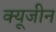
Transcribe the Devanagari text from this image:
क्यूजीन